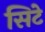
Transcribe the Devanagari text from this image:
सिटे